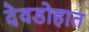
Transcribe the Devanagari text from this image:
देवडोहात